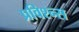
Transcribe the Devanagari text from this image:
प्रविश्न्स